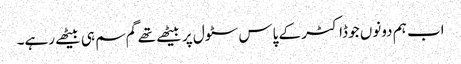
اب ہم دونوں جو ڈاکٹر کے پاس سٹول پر بیٹھے تھے گم سم ہی بیٹھے رہے۔